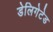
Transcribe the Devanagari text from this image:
डेलिगेटेड